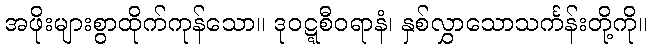
အဖိုးများစွာထိုက်ကုန်သော။ ဒုဝဋ္ဋစီဝရာနံ၊ နှစ်လွှာသောသင်္ကန်းတို့ကို။